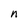
Character: n